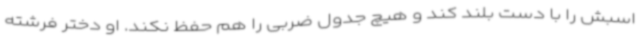
اسبش را با دست بلند کند و هیچ جدول ضربی را هم حفظ نکند. او دختر فرشته